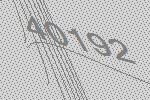
40192